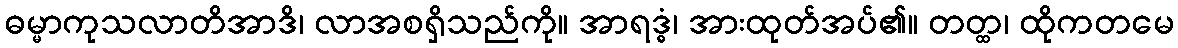
ဓမ္မာကုသလာတိအာဒိ၊ လာအစရှိသည်ကို။ အာရဒ္ဓံ၊ အားထုတ်အပ်၏။ တတ္ထ၊ ထိုကတမေ